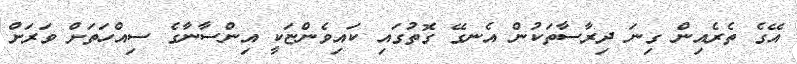
އޭގެ ތެރެއިން ގިނަ ދިރާސާތަކުން އެނގޭ ގޮތުގައި ކައިވެންޏަކީ އިންސާނާގެ ސިއްހަތަށް ވަރަށް